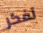
تفكر